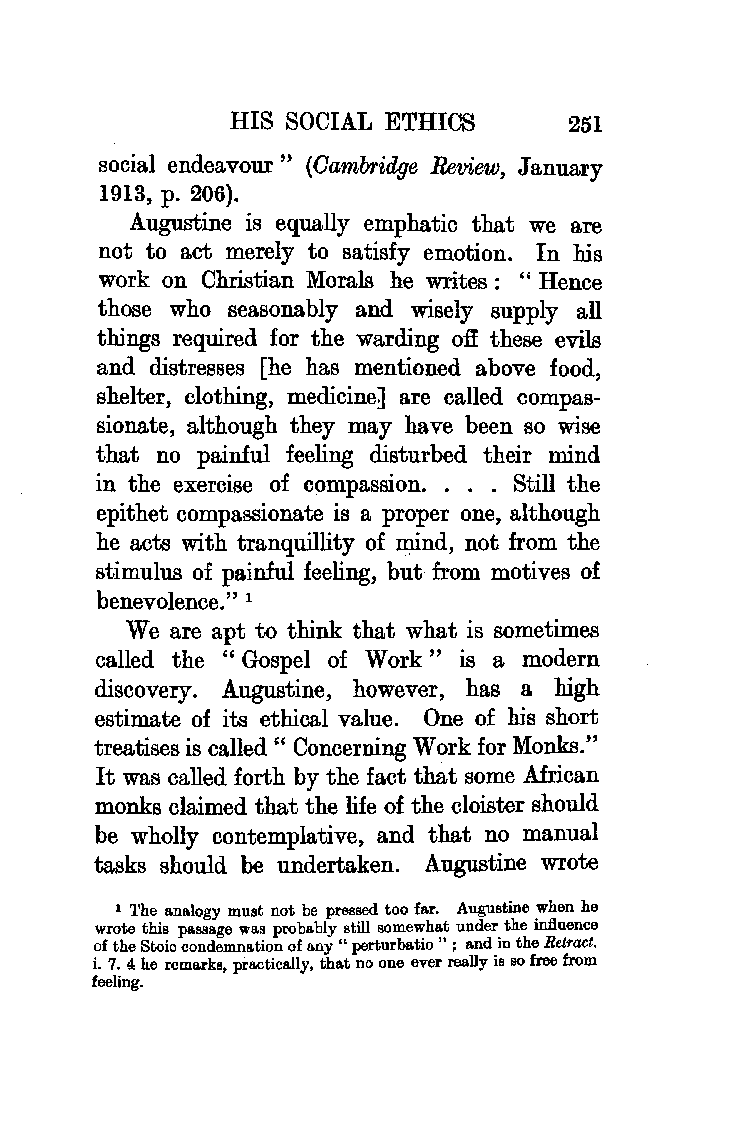
HIS SOCIAL ETHICS      251
 social endeavour " (Oam1Yridge Review, January
 1913, p. 206).
 Augustine is equally emphatic that we are
 not to act merely to satisfy emotion. In his
 work on Christian Morals he writes : " Hence
 those who seasonably and wisely supply all
 things required for the warding o:ff these evils
 and distresses [he has mentioned above food,
 shelter, clothing, medicineJ are called compas
 sionate, although they may have been so wise
 that no painful feeling disturbed their mind
 in the exercise of compassion. . . . Still the
 epithet compassionate is a proper one, although
 he acts with tranquillity of lllind, not from the
 stimulus of painful feeling, but from motives of
 benevolence." 1
 We are apt to think that what is sometimes
 called the " Gospel of Work " is a modern
 discovery. Augustine, however, has a high
 estimate of its ethical value. One of his short
 treatises is called" Concerning Work for Monks."
 It was called forth by the fact that some African
 monks claimed that the life of the cloister should
 be wholly contemplative, and that no manual
 tasks should be undertaken. Augustine wrote
 1 'l'he analogy must not be pressed too far. Augustine when he
 wrote this p&BBage was probably still somewhat under the influence
 of the Stoic condemnation of a.ny " perturbatio " ; and in the Retract.
 i. 7. 4 he remarks, practically, that no one ever really is so free from
 feeling.